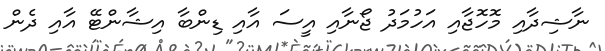
ނާޝިދާއި މޮހޮޖާއި އަހުމަދު ޖޯނާއި އީސަ އާއި ޑިންބާ އިޝާންޓޭ އާއި ދެން